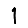
Digit: 1